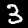
Label: 3